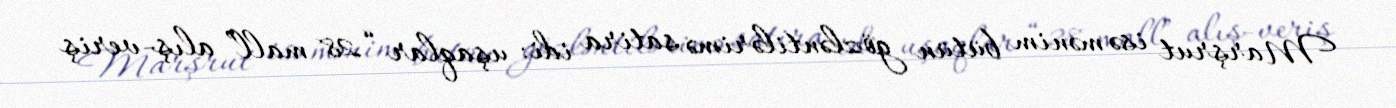
Marşrut isə mənim bütün gözləntilərimə satira idi: uşaqlar “28 mall” alış-veriş